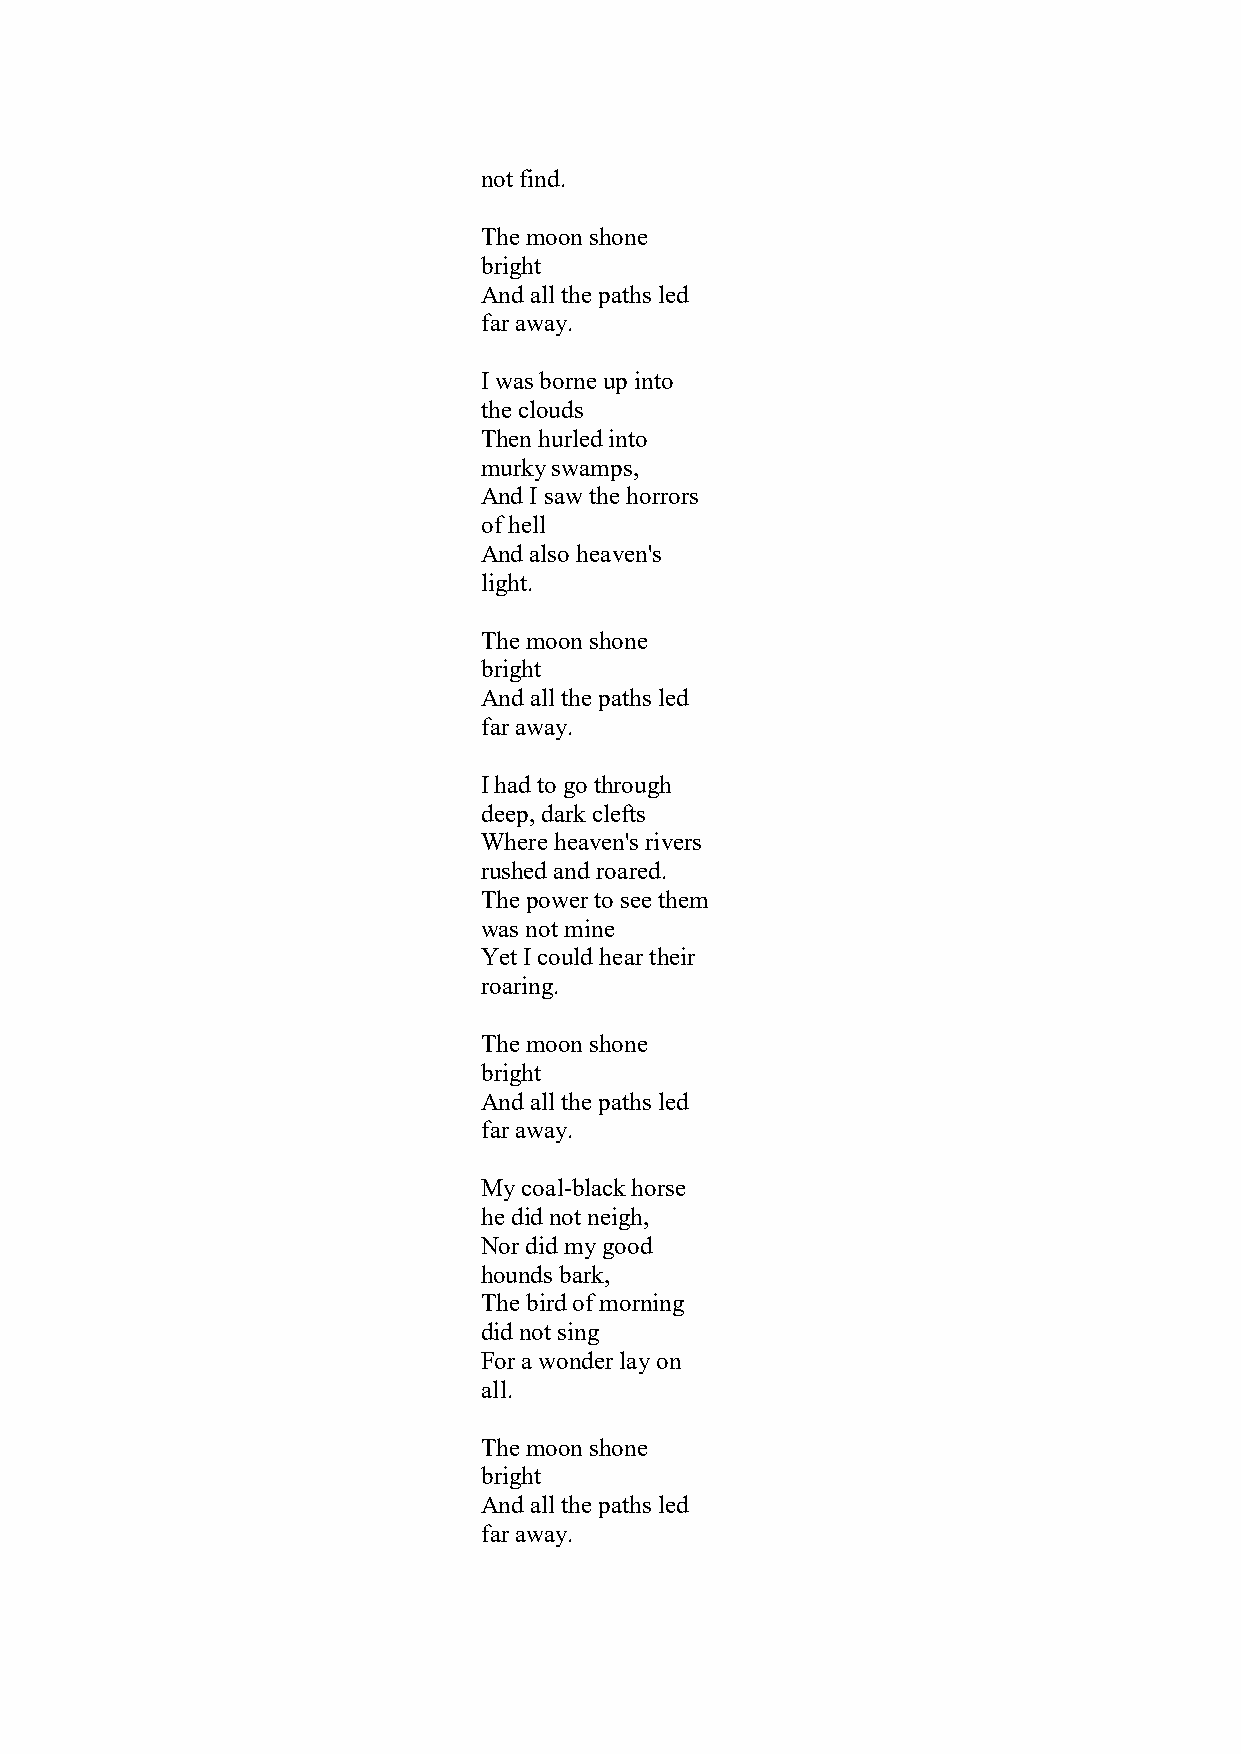
not find.
 The moon shone
 bright
 And all the paths led
 far away.
 I was borne up into
 the clouds
 Then hurled into
 murky swamps,
 And I saw the horrors
 of hell
 And also heaven's
 light.
 The moon shone
 bright
 And all the paths led
 far away.
 I had to go through
 deep, dark clefts
 Where heaven's rivers
 rushed and roared.
 The power to see them
 was not mine
 Yet I could hear their
 roaring.
 The moon shone
 bright
 And all the paths led
 far away.
 My coal-black horse
 he did not neigh,
 Nor did my good
 hounds bark,
 The bird of morning
 did not sing
 For a wonder lay on
 all.
 The moon shone
 bright
 And all the paths led
 far away.